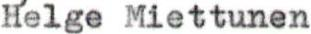
Helge Miettunen